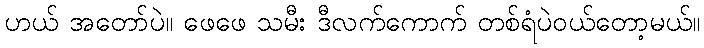
ဟယ် အတော်ပဲ။ ဖေဖေ သမီး ဒီလက်ကောက် တစ်ရံပဲဝယ်တော့မယ်။